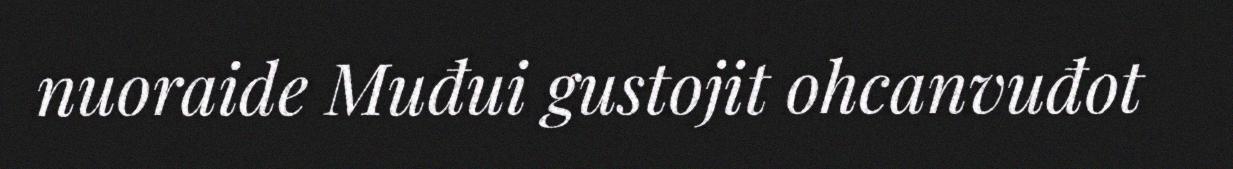
nuoraide Muđui gustojit ohcanvuđot